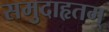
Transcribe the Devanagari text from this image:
समुदाहृतम्